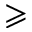
\geqslant